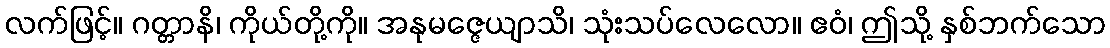
လက်ဖြင့်။ ဂတ္တာနိ၊ ကိုယ်တို့ကို။ အနုမဇ္ဇေယျာသိ၊ သုံးသပ်လေလော။ ဧဝံ၊ ဤသို့ နှစ်ဘက်သော